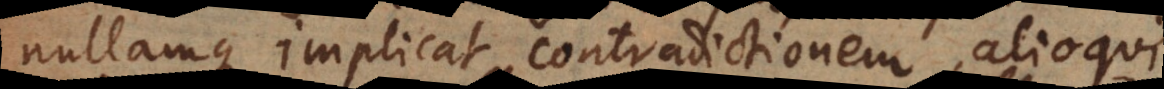
nullamque implicat contradictionem, alioqui